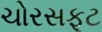
ચોરસફૂટ